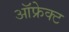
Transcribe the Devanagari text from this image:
ऑफ्रेक्ट